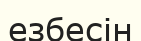
езбесін